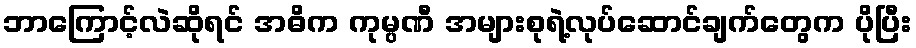
ဘာကြောင့်လဲဆိုရင် အဓိက ကုမ္ပဏီ အများစုရဲ့လုပ်ဆောင်ချက်တွေက ပိုပြီး